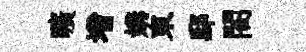
曠增媾東邸閤